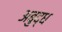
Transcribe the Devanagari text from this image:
अबुद्ध